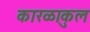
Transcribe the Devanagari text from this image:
कारळाकुल